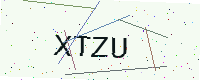
Text: XTZU